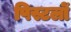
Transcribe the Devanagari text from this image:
पिस्टलों